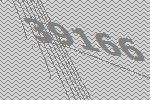
39166